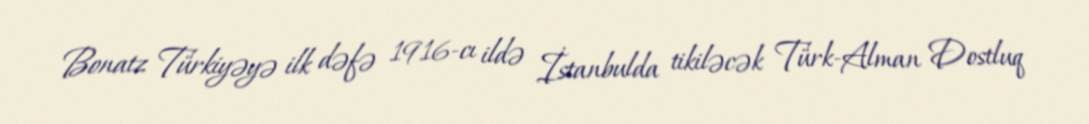
Bonatz Türkiyəyə ilk dəfə 1916-cı ildə İstanbulda tikiləcək Türk-Alman Dostluq